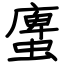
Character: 螷